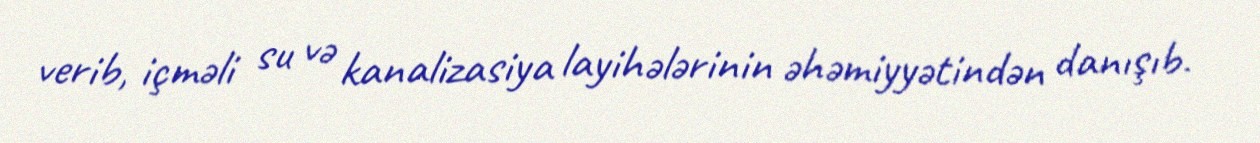
verib, içməli su və kanalizasiya layihələrinin əhəmiyyətindən danışıb.